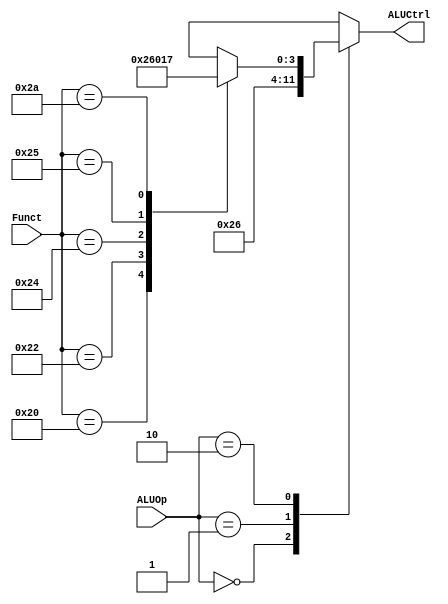
module ALUControl_1 (
    input wire [5:0] Funct,
    input wire [1:0] ALUOp,
    output reg [3:0] ALUCtrl
    );
    always @ (Funct, ALUOp) begin
        case(ALUOp)
            0 : ALUCtrl = 4'b0010;
            1 : ALUCtrl = 4'b0110;
            2 : case(Funct)
                    32 : ALUCtrl = 4'b0010;
                    34 : ALUCtrl = 4'b0110;
                    36 : ALUCtrl = 4'b0000;
                    37 : ALUCtrl = 4'b0001;
                    42 : ALUCtrl = 4'b0111;
                    default: ALUCtrl = 4'bx;
                endcase
            default: ALUCtrl = 4'bx;
        endcase
    end  
endmodule